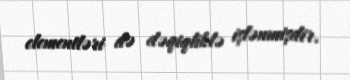
elementləri də dəqiqliklə işlənmişdir.